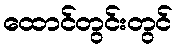
ထောင်တွင်းတွင်